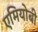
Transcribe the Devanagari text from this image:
एमियोबी